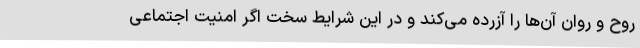
روح و روان آن‌ها را آزرده می‌کند و در این شرایط سخت اگر امنیت اجتماعی